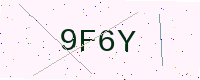
Text: 9F6Y